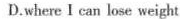
D.where I can lose weight